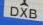
dxb